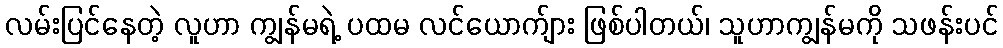
လမ်းပြင်နေတဲ့ လူဟာ ကျွန်မရဲ့ ပထမ လင်ယောက်ျား ဖြစ်ပါတယ်၊ သူဟာကျွန်မကို သဖန်းပင်